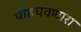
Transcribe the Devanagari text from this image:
पोहचवणारा